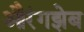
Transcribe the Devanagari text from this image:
औरंगझेब